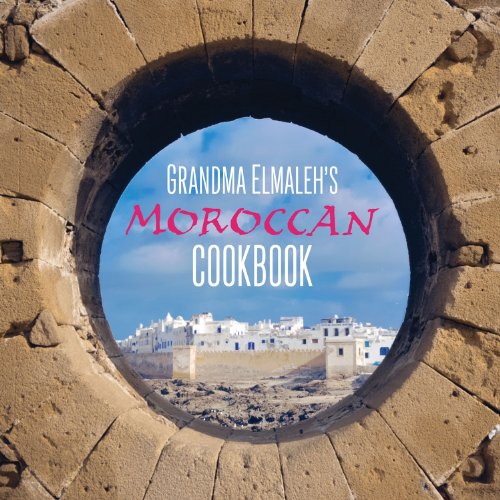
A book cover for Grandma Elmaleh's Moroccan Cookbook; Lisa Elmaleh Craig; Cookbooks, Food & Wine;